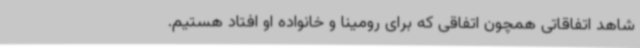
شاهد اتفاقاتی همچون اتفاقی که برای رومینا و خانواده او افتاد هستیم.